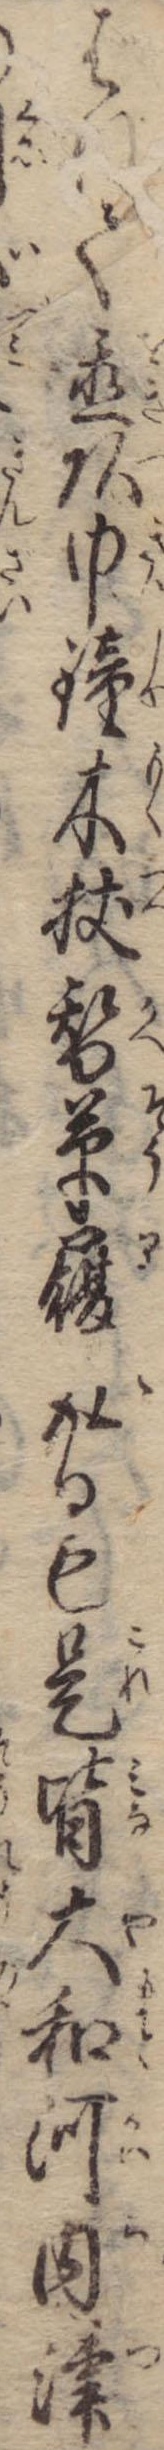
ばれて置頭巾鐘木杖替草履取るも是皆大和河内津